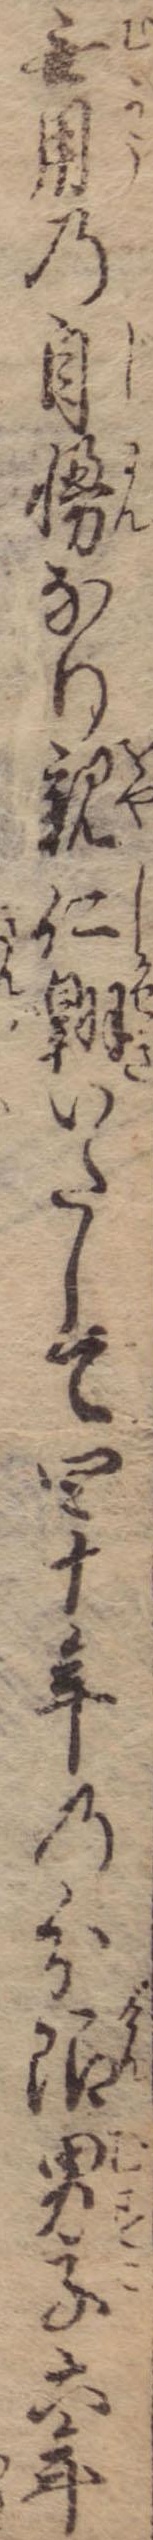
無用の自慢なり親仁翺いたして四十年の分限男子六年